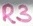
Text: R3